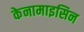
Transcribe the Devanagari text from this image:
केनामाइसिन